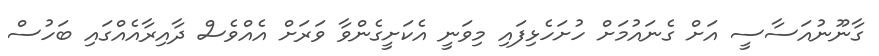
ގާނޫނުއަސާސީ އަށް ގެނައުމަށް ހުށަހެޅިފައި މިވަނީ އެކަށީގެންވާ ވަރަށް އެއްވެސް ދާއިރާއެއްގައި ބަހުސް